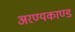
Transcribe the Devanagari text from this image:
अरण्‍यकाण्‍ड